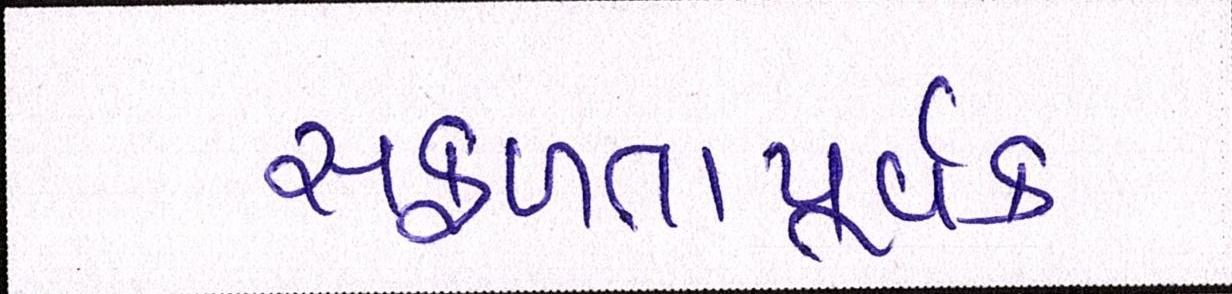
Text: સફળતાપૂર્વક